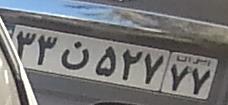
۳۳ن۵۲۷۷۷